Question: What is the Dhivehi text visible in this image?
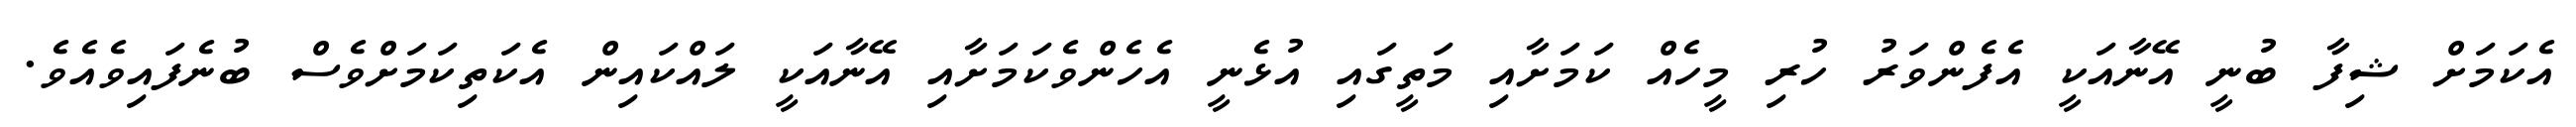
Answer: އެކަމަށް ޝިފާ ބުނީ އޭނާއަކީ އެފެންވަރު ހުރި މީހެއް ކަމަށާއި މަތީގައި އުޅެނީ އެހެންވެކަމަށާއި އޭނާއަކީ ލައްކައިން އެކަތިކަމަށްވެސް ބުނެފައިވެއެވެ.